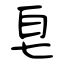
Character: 皂